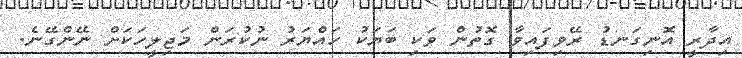
އިދާރީ އޮނިގަނޑު ރޭވިފައިވާ ގޮތުން ވަކި ބަޔަކު ހައްޔަރު ނުކުރަން މަޖިލީހަކަށް ނޭންގޭނެ.